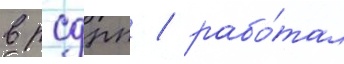
в рсдрп / рабо́тал